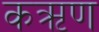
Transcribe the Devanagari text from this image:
कऋण